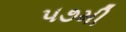
૫૭મી